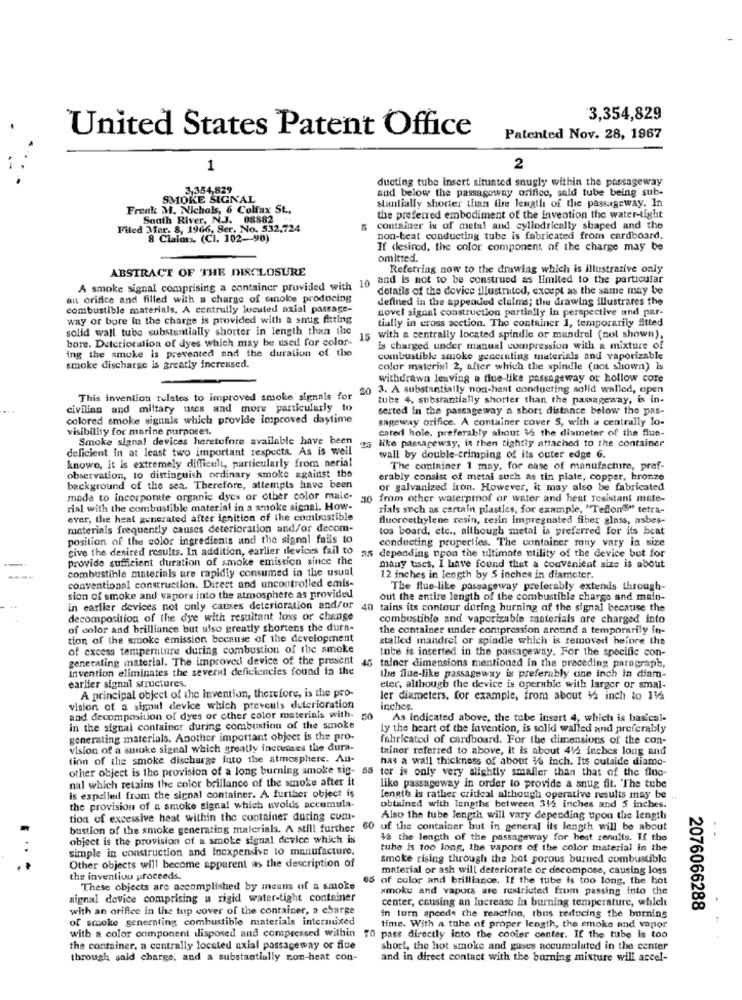
3,354,829
United States Patent Office
Patented Nov. 28, 1967
1
2
ducting tube insert situated snugly within the passageway
3,354.829
and below the passageway orifice, said tube being sub-
SMOKE SIGNAL
Frenk M. Nichols, 6 Colfax St .,
stantially shorter than the length of the passageway. In
South River, N.J. 08882
the preferred embodiment of the invention the water-tight
Filed Mar. 8, 1966, Ser. No. 532,724
container is of metal and cylindrically shaped and the
8 Claims. (Cl. 102 -- 90)
non-beat conducting tube is fabricated from cardboard.
If desired, the color component of the charge may be
omitted.
ABSTRACT OF THE DISCLOSURE
Referring now to the drawing which is illustrative only
and is not to be construed as limited to the particular
A smoke signal comprising a container provided with 1
details of the device illustrated, except as the same may be
aut orifice and filled with a charge of smoke producing
defined in the appended claims; the drawing illustrares the
combustible materials, A centrally located axial passage-
novel signal construction partially in perspective and par-
way or bore In the charge is provided with a snug fitting
tially in cross section. The container 1, temporarily fitted
solid wall tube substantially shorter in length than the
bore. Deterioration of dyes which may be used for color-
15
with a centrally located spindle or mandrel (not shown),
ing the smoke is prevented and the duration of the
Is charged under manual compression with a mixture of
combustible smoke generating materials and vaporizable
smoke discharge is greatly increased.
color material 2, after which the spindle (not shown) Is
withdrawn leaving a flue-like passageway or hollow core
20 3. A substantially non-hast conducting solid walled, open
This invention relates to improved smoke signals for
tube 4, substantially shorter than the passageway, is in-
civilian and miltary ures and more particularly to
serted in the passageway a short distance below the pas-
colored smoke signals which provide improved daytime
sageway orifice. A container cover 5, with a centrally lo-
visibility for marine purposes.
cared hole, preferably about 1/2 the diameter of the flue-
Smoke signal devices heretufore available have been
deficient in at least two important respecte. As is weil
25 like passageway, in then tightly attached to the container
wall by double-crimping of its outer edge 6.
knowo, it is extremely difficult, particularly from nerial
The container 1 may, for case of manufacture, praf-
observation, to distinguish ordinary smoke against the
erably consist of metal such as tin plate, copper, bronze
background of the sea. Therefore, attempts have been
or galvanized iron. However, it may also be fabricated
made to incorporate organic dyes or other color maic-
30 from other waterpmof or water and heat resistant mate-
rial with the combustible material in a smoke signal. How-
rials such as cartain plastics, for example, "TeflonS" tetra-
ever, the heat generated after ignition of the combustible
fluoroethylene resin, resin impregnated fiber glass, asbes-
materials frequently causes deterioration and/or decom-
tos board, etc ., although metal is preferred for its beat
position of the color ingredients and the signal fails to
conducting properties. The container mony vary in size
cive the desired results. In addition, earlier tlevices fail to
provide sufficient duration of smoke emission since the
35 depending upon the ultimate utility of the device but for
combustible materials are rapidly consumed in the usual
many uses, I have found that a convenient size is about
conventional construction. Direct and uncontrolled emis-
12 inches in length by 5 inches in diameter.
The flue-like passageway preferably extends through-
sion of smoke and vapors into the atmosphere as provided
out the entire length of the combustible charge and main-
in earlier devices not only causes deterioration and/or
40
tains its contour during burning of the signal because the
decomposition of the dye with resultant loss or change
combustible and vaporizable materials are charged into
of color and brilliance but also greatly sbortens the dura-
the container under compression around a temporarily in-
tion of the smoke emission because of the development
stalled mandrel or spindle which is removed before the
of excess temperature during combustion of the smoke
tube is inserted in the passageway. For the specific con-
generating material. The improved device of the present
invention eliminates the several deficiencies found in the
45 tainer dimensions mentioned in the preceding paragraph,
the flue-like passageway is preferably one inch in diam-
earlier signal structures.
eter, although the device is operable with larger or smal-
A principal object of the invention, therefore, is the pro-
ler diameters, for example, from about $2 inch to 116
vision of a signal device which prevents deterioration
inches.
and decomposition of dyes or other color materiais with-
As indicated above, the tube insert 4, which is basical-
in the signal container during combustion of the smoke
ly the heart of the invention, is solid walled and preferably
generating materials. Another important object is the pro-
fabricated of cardboard. For the dimensions of the con-
vision of a smoke signal which greatly fnenvases the dura-
tainer referred to above, it is about 412 inches long and
tion of the smoke discharge into the atmosphere. An-
has a wall thickness of about 36 inch. Its outside diame-
other object is the provision of a long burning smoke sig- 55 ter is only very slightly smaller than that of the fine-
nal which retains the color brillance of the smoke after it
like passageway in order to provide a snug fit. 'The tube
is expelled from the signal container. A further object is
length is rather critical although operative results may be
the provision of a smoke signal which uvolds accumula-
obtained with lengths between 312 inches and 5 inches.
tion of excessive heat within the container during com-
Also the tube length will vary depending upon the length
bustion of the smoke generating materials. A still further
60
of the container but in general its length will be about
object is the provision of a smoke signal device which is
18 the length of the passageway for best renults. If the
simple in construction and Inexpensive to manufacture.
tube is too long, the vapors of the color material in the
Other objects will become apparent as the description of
Smoke rising through the hot porous burned combustible
material or ash will deteriorate or decompose, causing loss
the invention proceeds.
65 of color and brilliance. If the tube is too long, the hot
These objects are accomplished by means of a smoke
smoke and vapors are restricted from passing into the
signal device comprising a rigid water-tight container
center, causing an Increase in burning temperature, which
with an oriffee in the top cover of the container, a charge
2076066288
of smoke generating combustible materials intermixed
in turn speeds the reaction, thus reducing the burning
time. With a tube of proper length, the smoke and vapor
with a color component disposed and compressed within 70 pass directly into the cooler center. If the tube is too
the container, a centrally located axial passageway or flue
short, the hot smoke and gases accumulated in the center
through said charge, and a substantially non-heat con-
and in direct contact with the burning mixture will accel-